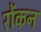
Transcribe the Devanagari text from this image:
रोंकन